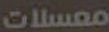
معسلات